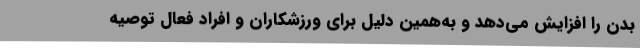
بدن را افزایش می‌دهد و به‌همین دلیل برای ورزشکاران و افراد فعال توصیه